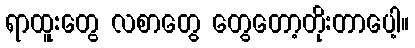
ရာထူးတွေ လစာတွေ တွေတော့တိုးတာပေါ့။